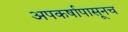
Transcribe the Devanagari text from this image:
अपकर्षापासूनच